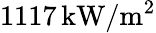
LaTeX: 1117\, \mathrm{kW/m^{2}}